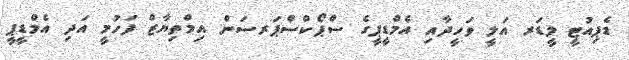
ޑެޕިއުޓީ ލީޑަރ އަލީ ވަހީދާއި އެމްޑީޕީގެ ސްޕޯކްސްޕަރސަން އިމްތިޔާޒް ފަހުމީ އަދި އެމްޑީޕީ